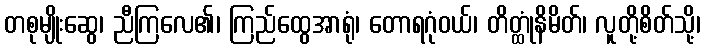
တစုမျိုးဆွေ၊ ညီကြလေ၏၊ ကြည်ထွေအာရုံ၊ တောရဂုံဝယ်၊ တိတ္ထုံနိမိတ်၊ လူတို့စိတ်သို့၊